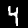
Label: 4